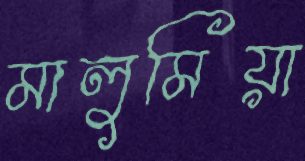
মালুমিয়া